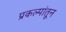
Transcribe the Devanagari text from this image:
प्रकल्पांतून